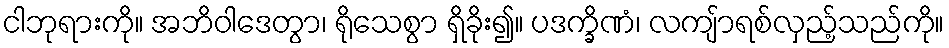
ငါဘုရားကို။ အဘိဝါဒေတွာ၊ ရိုသေစွာ ရှိခိုး၍။ ပဒက္ခိဏံ၊ လကျ်ာရစ်လှည့်သည်ကို။